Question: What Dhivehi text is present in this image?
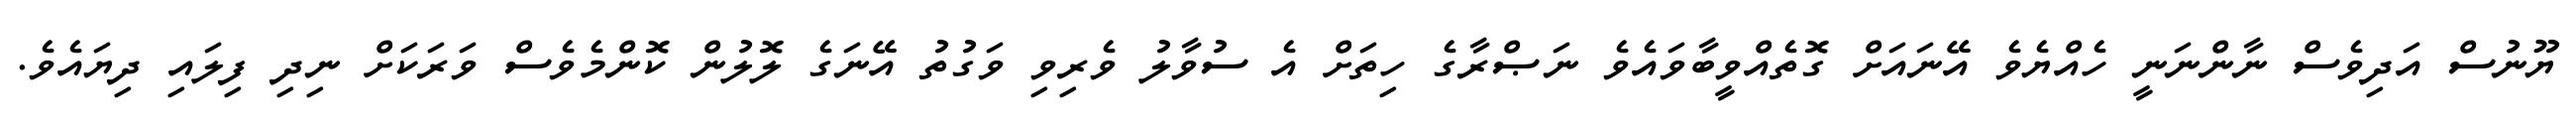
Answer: ޔޫނުސް އަދިވެސް ނާންނަނީ ހެއްޔެވެ އޭނައަށް ގޮތެއްވީބާވައެވެ ނަޞްރާގެ ހިތަށް އެ ސުވާލު ވެރިވި ވަގުތު އޭނަގެ ލޮލުން ކޮންމެވެސް ވަރަކަށް ނިދި ފިލައި ދިޔައެވެ.